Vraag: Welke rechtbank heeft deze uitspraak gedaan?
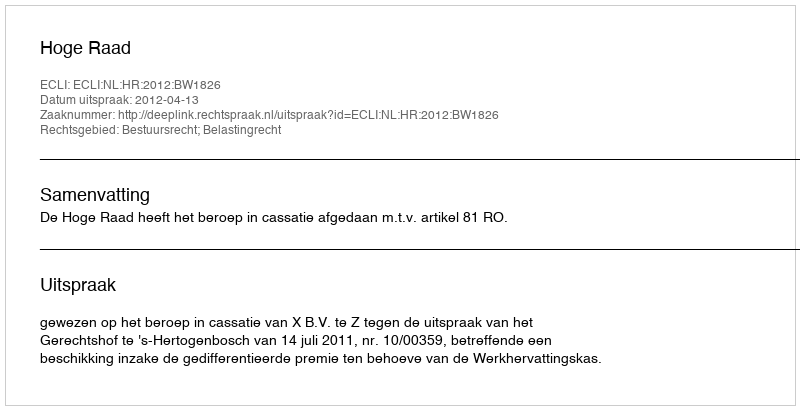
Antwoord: Hoge Raad